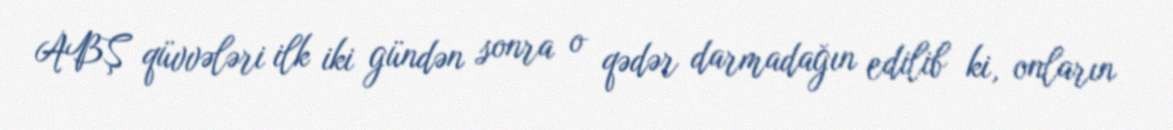
ABŞ qüvvələri ilk iki gündən sonra o qədər darmadağın edilib ki, onların